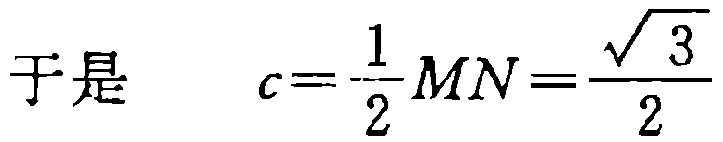
于是 \[ c=\frac{1}{2}MN=\frac{\sqrt{3}}{2}\]